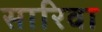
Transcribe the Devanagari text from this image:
सारिवा